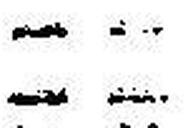
— —